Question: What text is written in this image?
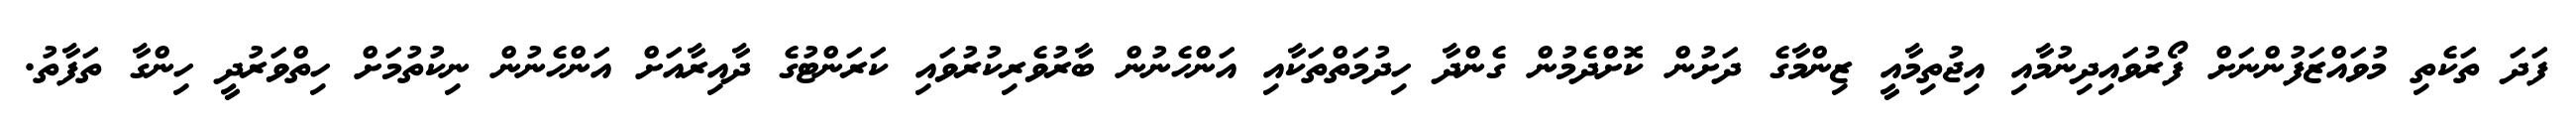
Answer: ފަދަ ތަކެތި މުވައްޒަފުންނަށް ފޯރުވައިދިނުމާއި އިޖުތިމާއީ ޒިންމާގެ ދަށުން ކޮށްދެމުން ގެންދާ ހިދުމަތްތަކާއި އަންހެނުން ބާރުވެރިކުރުވައި ކަރަންޓުގެ ދާއިރާއަށް އަންހެނުން ނިކުތުމަށް ހިތްވަރުދީ ހިންގާ ތަފާތު.